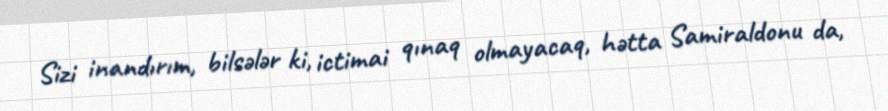
Sizi inandırım, bilsələr ki, ictimai qınaq olmayacaq, hətta Samiraldonu da,